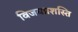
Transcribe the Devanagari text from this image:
विजयप्रशस्ति